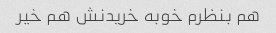
هم بنظرم خوبه خریدنش هم خیر